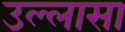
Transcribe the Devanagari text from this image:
उल्लासा